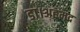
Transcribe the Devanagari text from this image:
डा।अहमद